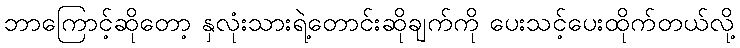
ဘာကြောင့်ဆိုတော့ နှလုံးသားရဲ့တောင်းဆိုချက်ကို ပေးသင့်ပေးထိုက်တယ်လို့